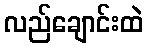
လည်ချောင်းထဲ